Civil Veterinary Dept. Assam report 1911-1927 - 1911-1927
Year: 1911
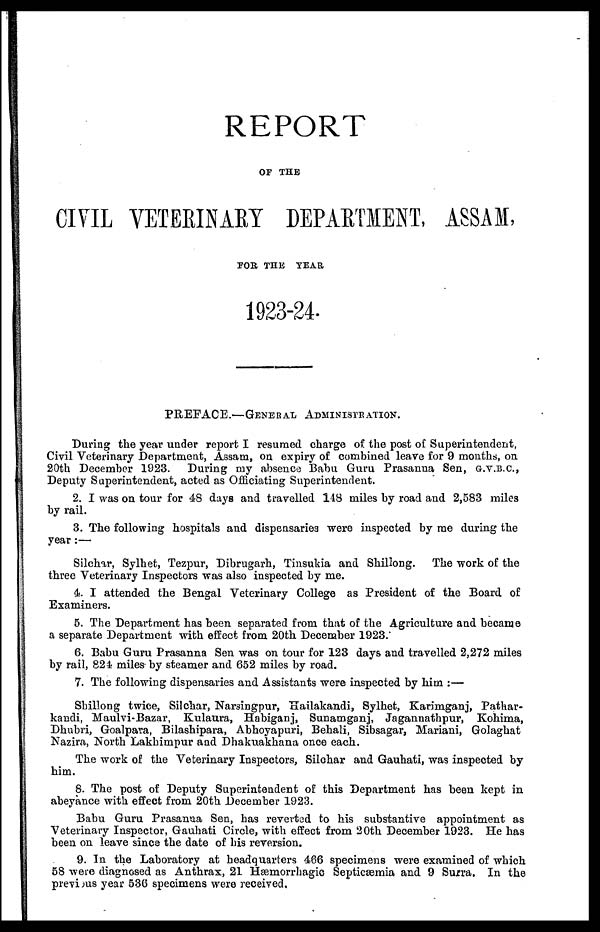
REPORT
OF THE
CIVIL VETERINARY DEPARTMENT, ASSAM,
FOR THE YEAR
1923-24.
PREFACE.—GENERAL ADMINISTRATION.
During the year under report I resumed charge of the post of Superintendent,
Civil Veterinary Department, Assam, on expiry of combined leave for 9 months, on
20th December 1923. During my absence Babu Guru Prasanna Sen, G.V.B.C,
Deputy Superintendent, acted as Officiating Superintendent.
2. I was on tour for 48 days and travelled 148 miles by road and 2,583 miles
by rail.
3. The following hospitals and dispensaries were inspected by me during the
year:—
Silchar, Sylhet, Tezpur, Dibrugarh, Tinsukia and Shillong. The work of the
three Veterinary Inspectors was also inspected by me.
4. I attended the Bengal Veterinary College as President of the Board of
Examiners.
5. The Department has been separated from that of the Agriculture and became
a separate Department with effect from 20th December 1923.
6. Babu Guru Prasanna Sen was on tour for 123 days and travelled 2,272 miles
by rail, 824 miles by steamer and 652 miles by road.
7. The following dispensaries and Assistants were inspected by him:—
Shillong twice, Silchar, Narsingpur, Hailakandi, Sylhet, Karimganj, Pathar-
kandi, Maulvi-Bazar, Kulaura, Habiganj, Sunamganj, Jagannathpur, Kohima,
Dhubri, Goalpara, Bilashipara, Abhoyapuri, Behali, Sibsagar, Mariani, Golaghat
Nazira, North Lakhimpur and Dhakuakhana once each.
The work of the Veterinary Inspectors, Silchar and Gauhati, was inspected by
mm.
8. The post of Deputy Superintendent of this Department has been kept in
abeyance with effect from 20th December 1923.
Babu Guru Prasanna Sen, has reverted to his substantive appointment as
Veterinary Inspector, Gauhati Circle, with effect from 20th December 1923. He has
been on leave since the date of his reversion.
9. In the Laboratory at headquarters 466 specimens were examined of which
58 were diagnosed as Anthrax, 21 Hæmorrhagic Septicæmia and 9 Surra. In the
previous year 536 specimens were received.